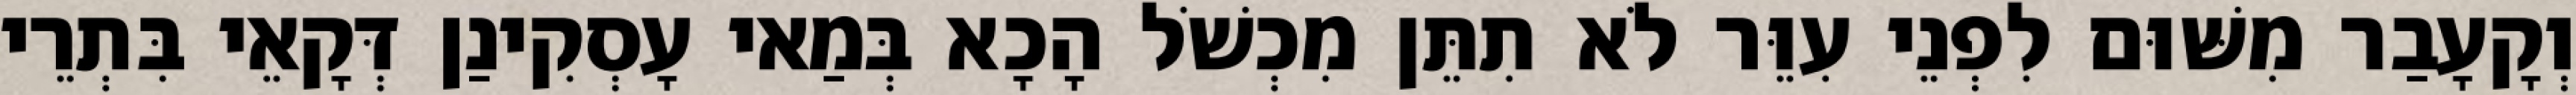
וְקָעָבַר מִשּׁוּם לִפְנֵי עִוֵּר לֹא תִתֵּן מִכְשֹׁל הָכָא בְּמַאי עָסְקִינַן דְּקָאֵי בִּתְרֵי